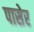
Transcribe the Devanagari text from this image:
पासेर